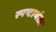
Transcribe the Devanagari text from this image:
स्पष्टार्थता